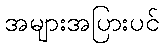
အများအပြားပင်